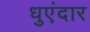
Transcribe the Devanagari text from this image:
धुएंदार